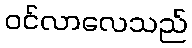
ဝင်လာလေသည်